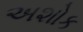
અશોક